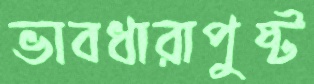
ভাবধারাপুষ্ট